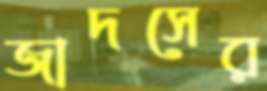
জাদসের